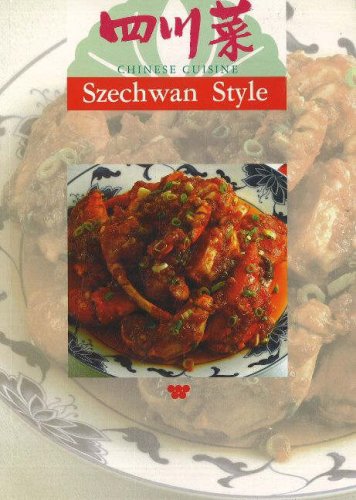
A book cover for Chinese Cuisine: Szechwan Style; Wei-Chuan Publishing; Cookbooks, Food & Wine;